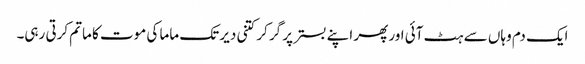
ایک دم وہاں سے ہٹ آئی اور پھر اپنے بستر پر گر کر کتنی دیر تک ماما کی موت کا ماتم کرتی رہی۔